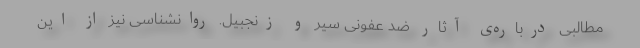
مطالبی درباره‌ی آثار ضد عفونی سیر و زنجبیل. روانشناسی نیز از این